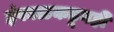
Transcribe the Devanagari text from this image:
इंफाळकडूनही